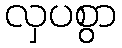
လှပစွာ